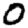
Digit: 0